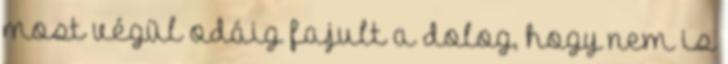
most végül odáig fajult a dolog, hogy nem is